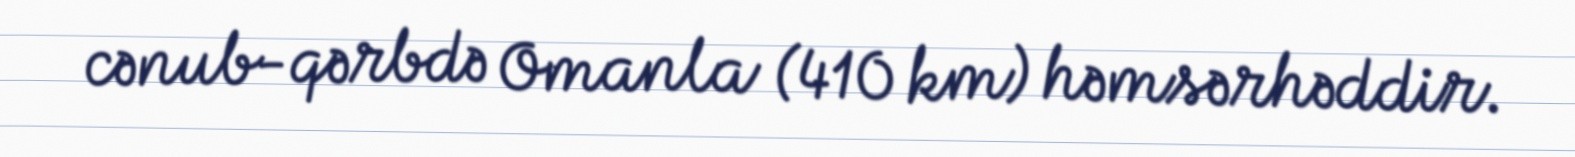
cənub-qərbdə Omanla (410 km) həmsərhəddir.